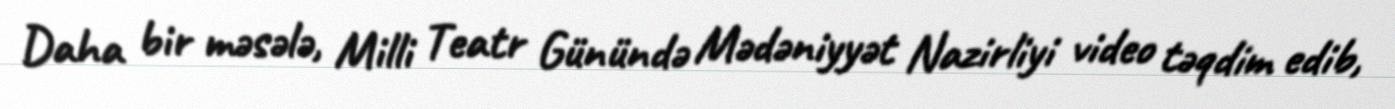
Daha bir məsələ, Milli Teatr Günündə Mədəniyyət Nazirliyi video təqdim edib,